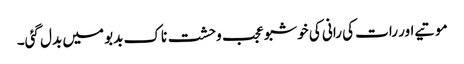
موتیے اور رات کی رانی کی خوشبو عجب وحشت ناک بدبو میں بدل گئی۔